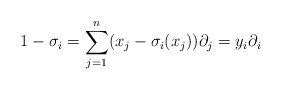
\begin{align*} 1 - \sigma_{i} =\sum_{j=1}^n (x_{j} - \sigma_{i}(x_{j})) \partial_{j} = y_{i}\partial_{i}\end{align*}